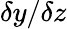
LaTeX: \delta y/\delta z